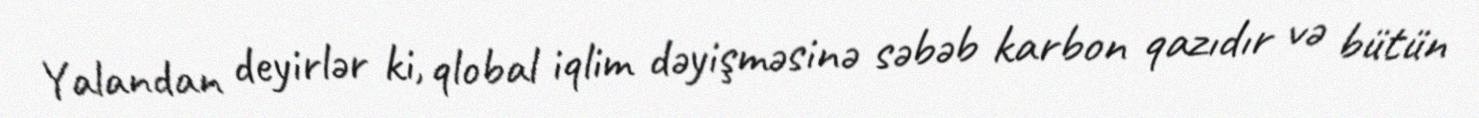
Yalandan deyirlər ki, qlobal iqlim dəyişməsinə səbəb karbon qazıdır və bütün